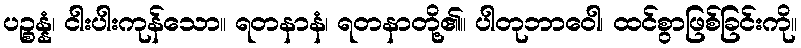
ပဉ္စန္နံ၊ ငါးပါးကုန်သော။ ရတနာနံ၊ ရတနာတို့၏။ ပါတုဘာဝေါ၊ ထင်စွာဖြစ်ခြင်းကို။